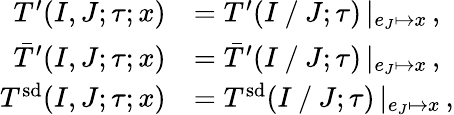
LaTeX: \begin{array}{rl}{T^{\prime}(I,J;\tau;x)}&{=T^{\prime}(I\mathbin{/}J;\tau)\, |_{e_{J}\mapsto x}\, ,}\\ {\bar{T}^{\prime}(I,J;\tau;x)}&{=\bar{T}^{\prime}(I\mathbin{/}J;\tau)\, |_{e_{J}\mapsto x}\, ,}\\ {T^{\smash{\mathrm{sd}}}(I,J;\tau;x)}&{=T^{\smash{\mathrm{sd}}}(I\mathbin{/}J;\tau)\, |_{e_{J}\mapsto x}\, ,}\end{array}